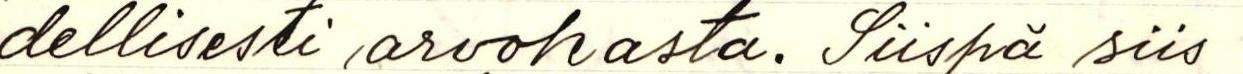
dellisesti arvokasta. Siispä siis